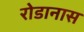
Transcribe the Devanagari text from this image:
रोडानास